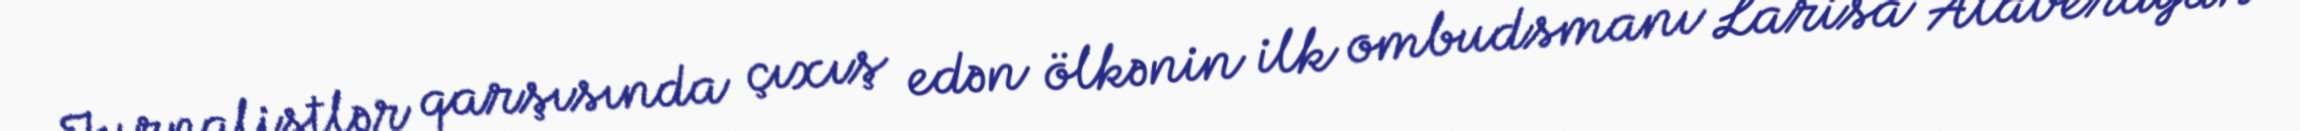
Jurnalistlər qarşısında çıxış edən ölkənin ilk ombudsmanı Larisa Alaverdyan